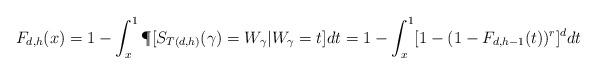
LaTeX: \begin{align*} F_{d,h}(x)=1-\int^1_x\P[S_{T(d,h)}(\gamma)=W_\gamma|W_\gamma=t]dt=1-\int^1_x[1-(1-F_{d,h-1}(t))^{r}]^d dt\end{align*}